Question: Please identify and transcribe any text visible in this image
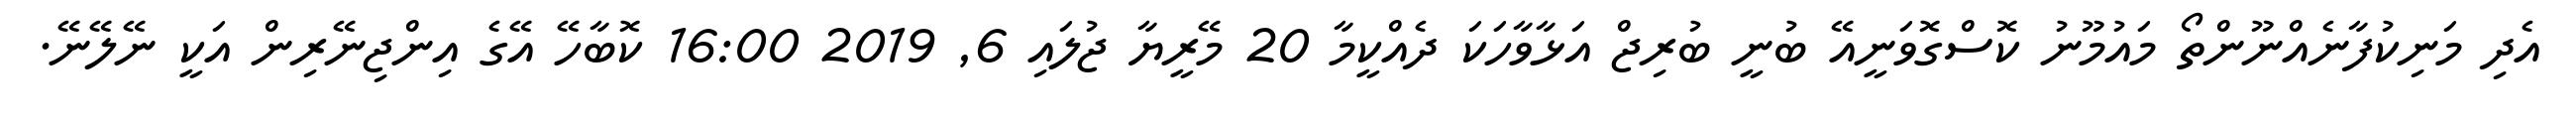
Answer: އެދި މަނިކުފާނެއްނޫންތޯ މައުމޫނު ކޮސްގޮވަނީއޭ ބުނީ ބުރިޖް އަޅާވާހަކަ ދެއްކީމާ 20 މޭރީޔާ ޖުލައި 6, 2019 16:00 ކޮބާހޭ އޭގެ އިންޖިނޭރިން އަކީ ނޭލޭނޭ.